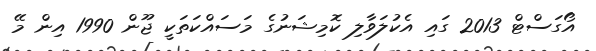
އޯގަސްޓް 2013 ގައި އެކުލަވާލި ކޮމިޝަނުގެ މަސައްކަތަކީ ޖޫން 1990 އިން މޭ